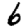
Digit: 6